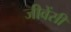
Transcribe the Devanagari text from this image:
जीवेंसीं